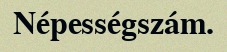
Népességszám.